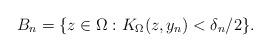
LaTeX: \begin{align*}B_n = \{ z \in \Omega : K_\Omega(z, y_n) < \delta_n/2\}.\end{align*}